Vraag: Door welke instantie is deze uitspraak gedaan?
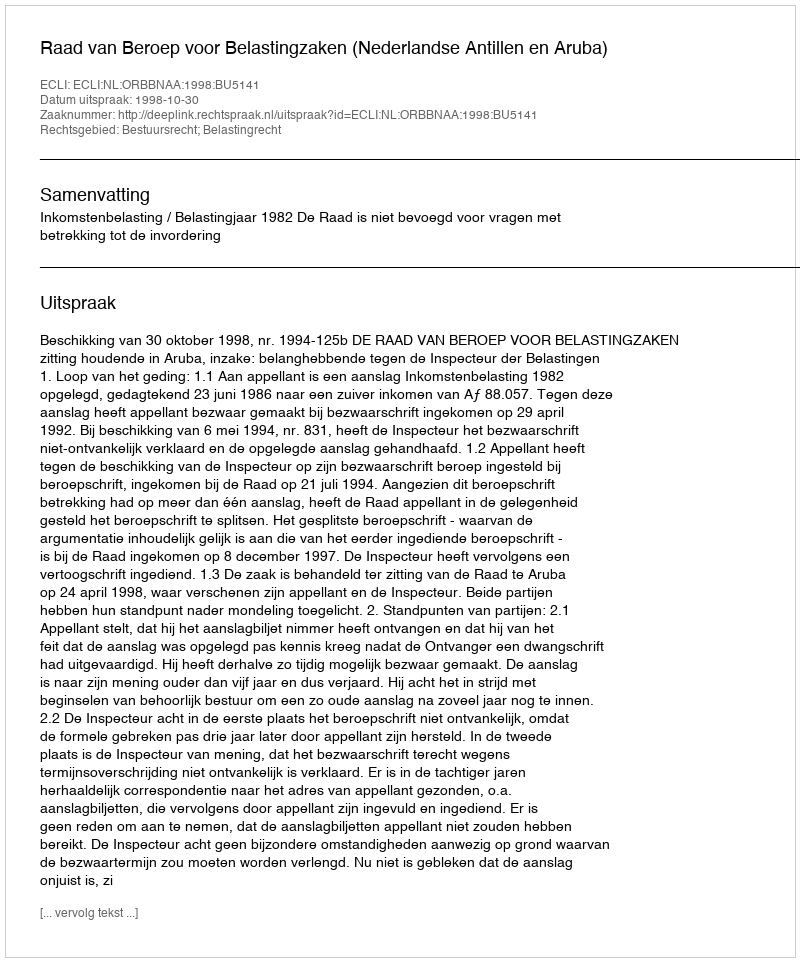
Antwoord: Raad van Beroep voor Belastingzaken (Nederlandse Antillen en Aruba)